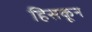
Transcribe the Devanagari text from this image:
हिसकून